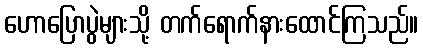
ဟောပြောပွဲများသို့ တက်ရောက်နားထောင်ကြသည်။